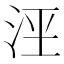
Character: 𰛟